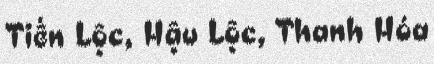
Tiến Lộc, Hậu Lộc, Thanh Hóa